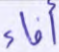
أفاء